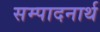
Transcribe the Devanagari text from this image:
सम्पादनार्थ